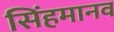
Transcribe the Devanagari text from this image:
सिंहमानव